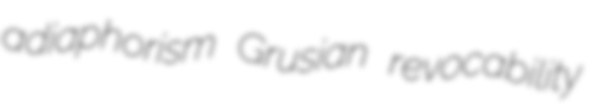
adiaphorism Grusian revocability